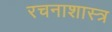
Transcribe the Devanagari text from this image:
रचनाशास्त्र